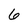
Character: 6